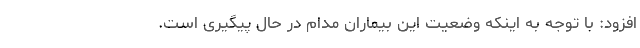
افزود: با توجه به اینکه وضعیت این بیماران مدام در حال پیگیری است.